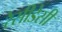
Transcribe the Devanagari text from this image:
रेसीडेसी